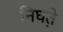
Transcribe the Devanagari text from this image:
निघत़े